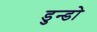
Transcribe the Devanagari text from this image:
डुन्डो